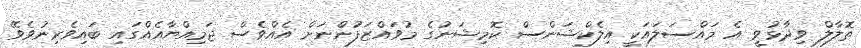
ތޮލާލް ވިދާޅުވީ އެ މައްސަލައަކީ އިލެކްޝަންސް ކޮމިޝަނުގެ މުވައްޒަފުންނަށް އެއްވެސް ޖަމިއްޔާއެއްގައި ބައިވެރިނުވެވޭ